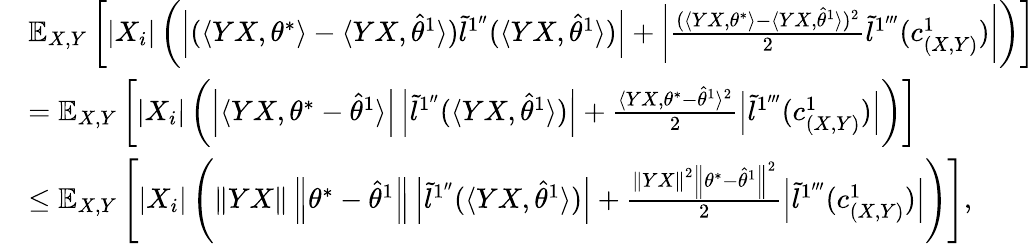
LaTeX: \begin{array}{rl}&{\mathbb{E}_{X,Y}\left[\left|X_{i}\right|\left(\left|(\langle YX,\theta^{*}\rangle-\langle YX,\hat{\theta}^{1}\rangle)\tilde{l}^{1^{\prime\prime}}(\langle YX,\hat{\theta}^{1}\rangle)\right|+\left|\frac{(\langle YX,\theta^{*}\rangle-\langle YX,\hat{\theta}^{1}\rangle)^{2}}{2}\tilde{l}^{1^{\prime\prime\prime}}(c_{(X,Y)}^{1})\right|\right)\right]}\\ &{=\mathbb{E}_{X,Y}\left[\left|X_{i}\right|\left(\left|\langle YX,\theta^{*}-\hat{\theta}^{1}\rangle\right|\left|\tilde{l}^{1^{\prime\prime}}(\langle YX,\hat{\theta}^{1}\rangle)\right|+\frac{\langle YX,\theta^{*}-\hat{\theta}^{1}\rangle^{2}}{2}\left|\tilde{l}^{1^{\prime\prime\prime}}(c_{(X,Y)}^{1})\right|\right)\right]}\\ &{\leq\mathbb{E}_{X,Y}\left[\left|X_{i}\right|\left(\left\| YX\right\| \left\| \theta^{*}-\hat{\theta}^{1}\right\| \left|\tilde{l}^{1^{\prime\prime}}(\langle YX,\hat{\theta}^{1}\rangle)\right|+\frac{\left\| YX\right\| ^{2}\left\| \theta^{*}-\hat{\theta}^{1}\right\| ^{2}}{2}\left|\tilde{l}^{1^{\prime\prime\prime}}(c_{(X,Y)}^{1})\right|\right)\right],}\end{array}